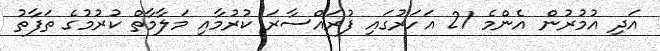
އަދި އުމުރުން އެންމެ 21 އަހަރުގައި ފުރައްސާރަ ކުރުމާއި މަލާމާތް ކުރުމުގެ ތަފާތު